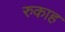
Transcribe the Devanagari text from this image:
रुकाह